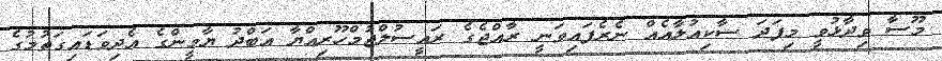
މޫސާ ވިދާޅުވީ މިފަދަ ސާކިއުލާއެއް ނެރެފައިވަނީ ރާއްޖެގެ ރައީސުލްޖުމްހޫރިއްޔާ އަބްދު ޔާމީންގެ އެދިވަޑައިގަތުމުގެ